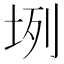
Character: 𡊻